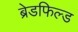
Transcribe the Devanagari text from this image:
ब्रेडफिल्ड